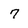
Character: 7